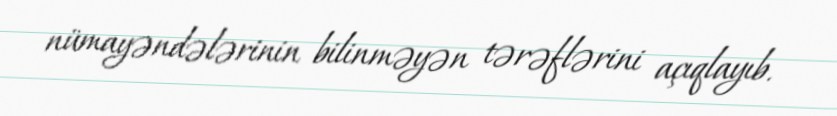
nümayəndələrinin bilinməyən tərəflərini açıqlayıb.